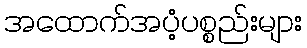
အထောက်အပံ့ပစ္စည်းများ